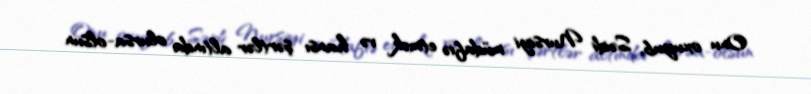
Onu oxuyub, Səidi Nursiyi müdafiə etmək və hansı şərtlər altında olursa-olsun